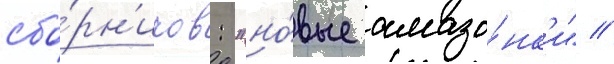
сбо́рн'иков: "но́вые амазо́нк'и" /